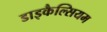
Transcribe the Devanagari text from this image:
डाइकैल्सियम